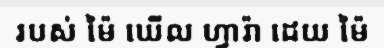
របស់ ម៉ៃ ឃើល ហ្វារ៉ា ដេយ ម៉ៃ